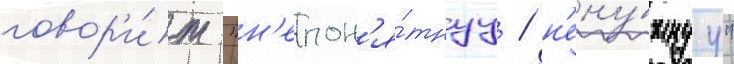
говор'и́т "н'епон'я́тнуу / н'ену́жнуу"